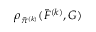
\rho _ { \tilde { \pi } ^ { ( k ) } } ( \widetilde { F } ^ { ( k ) } , G )